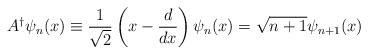
LaTeX: \begin{align*}A^{\dagger}\psi_n(x)\equiv\frac{1}{\sqrt{2}}\left(x-\frac{d}{dx}\right)\psi_n(x)=\sqrt{n+1}\psi_{n+1}(x)\end{align*}